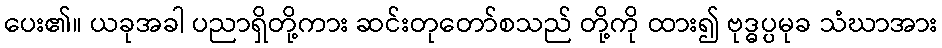
ပေး၏။ ယခုအခါ ပညာရှိတို့ကား ဆင်းတုတော်စသည် တို့ကို ထား၍ ဗုဒ္ဓပ္ပမုခ သံဃာအား